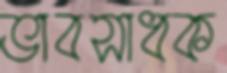
ভাবসাধক